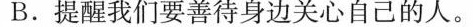
B.提我们要善待身边关心自己的人。